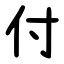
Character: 付